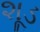
શૂડ